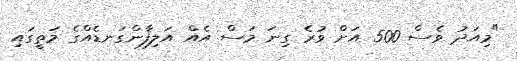
"މިއަދު ވެސް 500 އަށް ވުރެ ގިނަ މަސް އެއް އަލިފާންގަނޑެއްގެ މަތީގައި